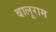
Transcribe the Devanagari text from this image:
बालूराम